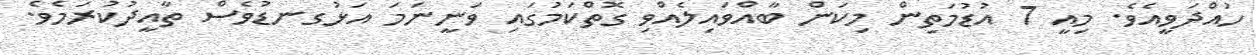
ހުއްދަވީއެވެ. މިއީ 7 އުޑުމަތިން މިކަން ބާއްވައިލެއްވި ގޮތްކަމުގައި ވަނީނަމަ އަޅުގނޑުވެސް ތާއީދުކުރަމެވެ.